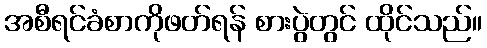
အစီရင်ခံစာကိုဖတ်ရန် စားပွဲတွင် ထိုင်သည်။